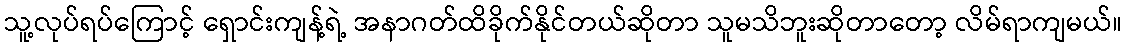
သူ့လုပ်ရပ်ကြောင့် ရှောင်းကျန့်ရဲ့ အနာဂတ်ထိခိုက်နိုင်တယ်ဆိုတာ သူမသိဘူးဆိုတာတော့ လိမ်ရာကျမယ်။